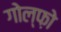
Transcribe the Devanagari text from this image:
गोल्फ़ो